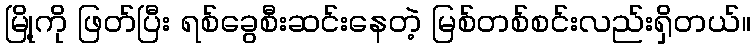
မြို့ကို ဖြတ်ပြီး ရစ်ခွေစီးဆင်းနေတဲ့ မြစ်တစ်စင်းလည်းရှိတယ်။